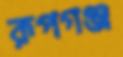
রূপগঞ্জ